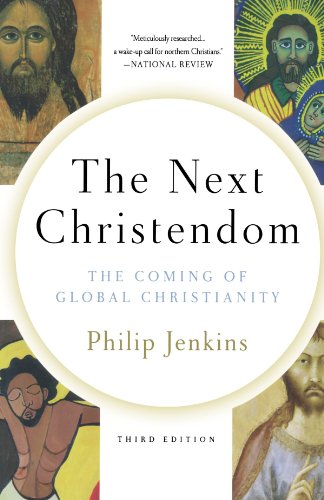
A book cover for The Next Christendom: The Coming of Global Christianity (Future of Christianity Trilogy); Philip Jenkins; Christian Books & Bibles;